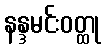
နန္ဒမင်းဝတ္ထု